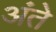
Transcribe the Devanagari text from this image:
अंते